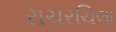
રાચરચિલા